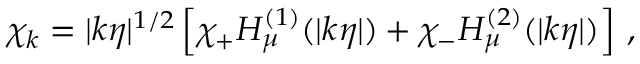
\chi _ { k } = | k \eta | ^ { 1 / 2 } \left[ \chi _ { + } H _ { \mu } ^ { ( 1 ) } ( | k \eta | ) + \chi _ { - } H _ { \mu } ^ { ( 2 ) } ( | k \eta | ) \right] \, ,